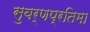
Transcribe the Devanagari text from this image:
सुवर्णप्रतिमा